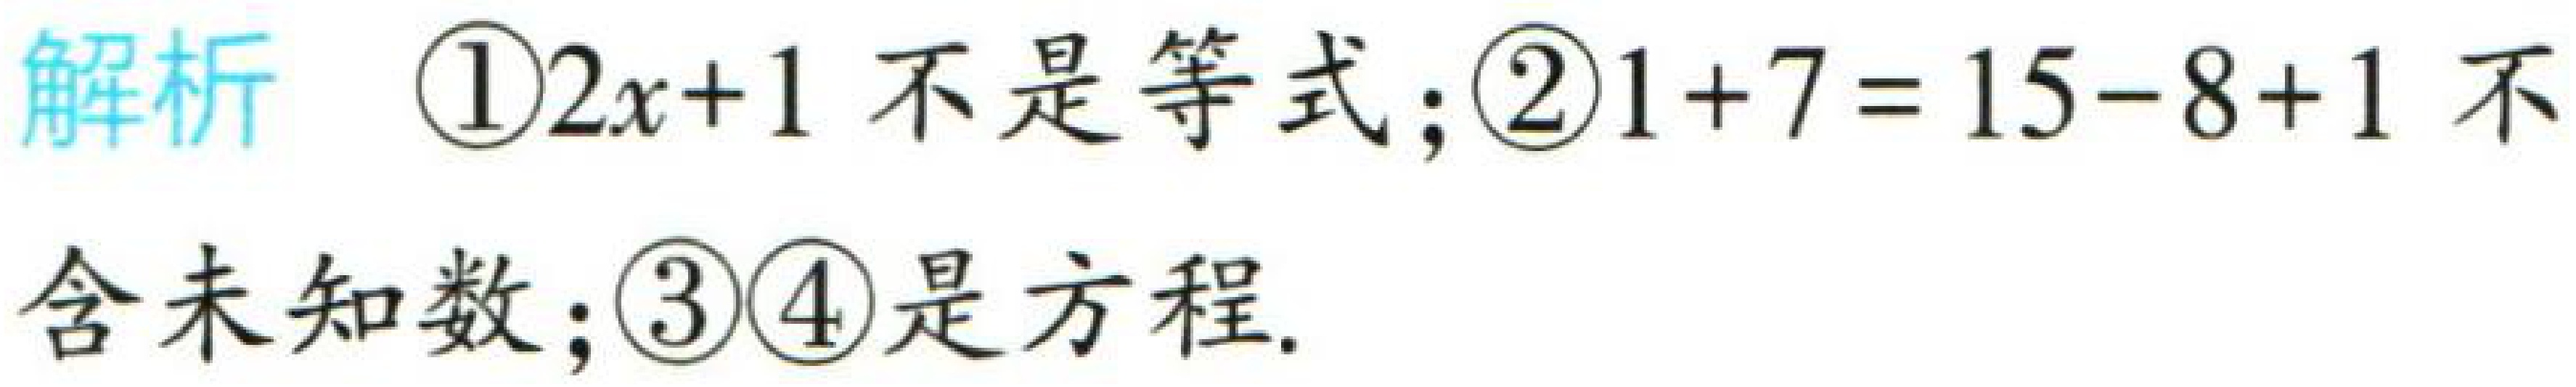
解析 \textcircled{1}\(2x + 1\)不是等式；\textcircled{2}\(1 + 7 = 15 - 8 + 1\)不含未知数；\textcircled{3}\textcircled{4}是方程.